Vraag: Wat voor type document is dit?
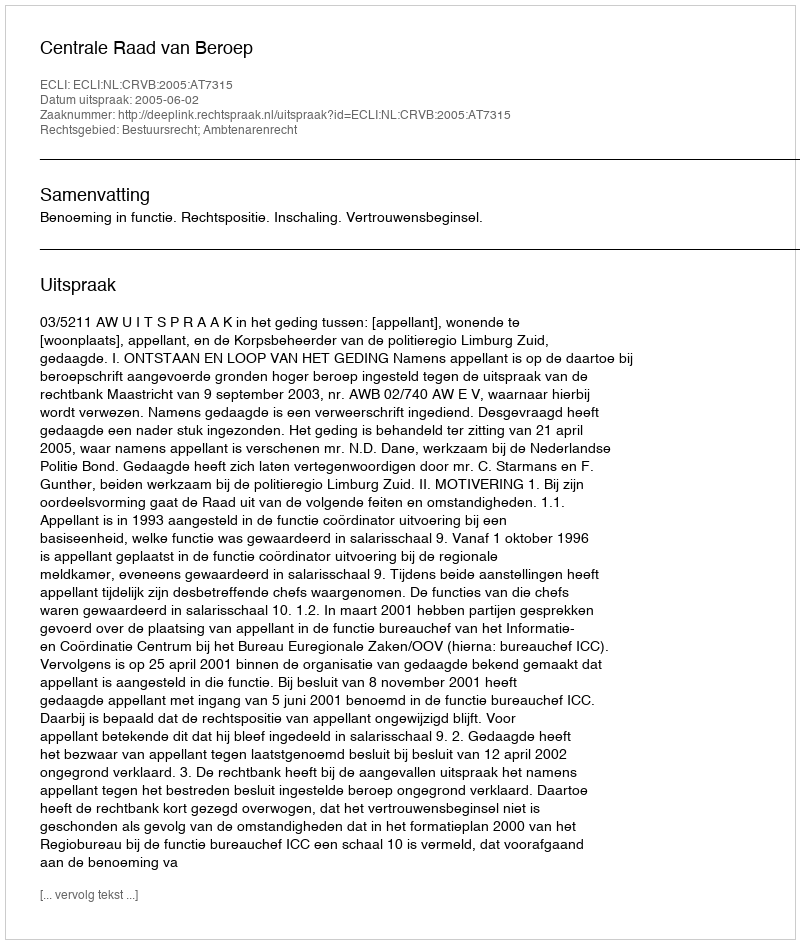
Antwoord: Uitspraak